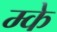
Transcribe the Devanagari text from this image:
म्के